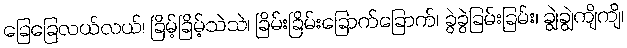
ခြေခြေလယ်လယ်၊ ခြိမ့်ခြိမ့်သဲသဲ၊ ခြိမ်းခြိမ်းခြောက်ခြောက်၊ ခွဲခွဲခြမ်းခြမ်း၊ ချွဲချွဲကျိကျိ၊